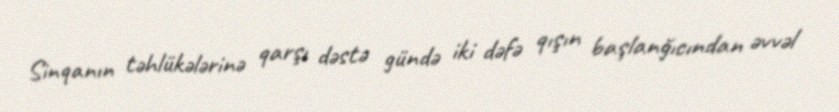
Sinqanın təhlükələrinə qarşı dəstə gündə iki dəfə qışın başlanğıcından əvvəl